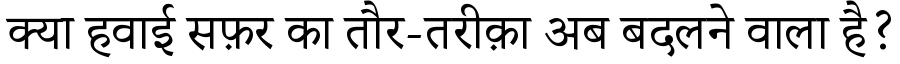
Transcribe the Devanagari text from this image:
क्या हवाई सफ़र का तौर-तरीक़ा अब बदलने वाला है?